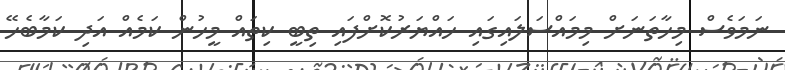
ނަމަވެސް މިހާތަނަށް މިމައްސަލައިގައި ހައްޔަރުކޮށްފައި ތިބީ ކިތައް މީހުން ކަމެއް އަދި ކަމާބެހޭ